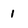
Character: I